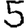
Digit: 5